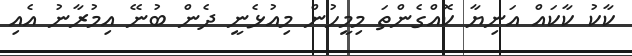
ކާކު ކާކައް އަނިޔާ ކޮއްގެންތަ މިމީހުން މިއުޅެނީ ދެން ބުނޭ އިމުރާނު އެއި